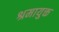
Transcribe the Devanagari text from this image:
श्रमायुक्त